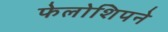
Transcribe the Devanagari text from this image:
फेलोशिपने